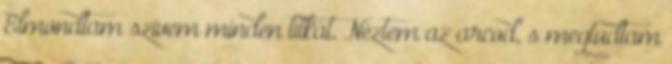
Elmondtam szívem minden titkát, Néztem az arcod, s megtudtam